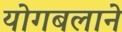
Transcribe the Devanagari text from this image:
योगबलाने